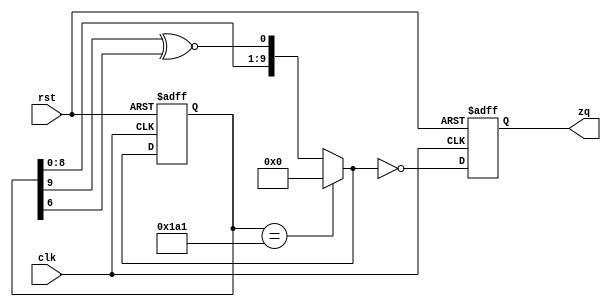
//////////////////////////////////////////////////////////////////////
////                                                              ////
////  Versatile counter                                           ////
////                                                              ////
////  Description                                                 ////
////  Versatile counter, a reconfigurable binary, gray or LFSR    ////
////  counter                                                     ////
////                                                              ////
////  To Do:                                                      ////
////   - add LFSR with more taps                                  ////
////                                                              ////
////  Author(s):                                                  ////
////      - Michael Unneback, unneback@opencores.org              ////
////        ORSoC AB                                              ////
////                                                              ////
//////////////////////////////////////////////////////////////////////
////                                                              ////
//// Copyright (C) 2009 Authors and OPENCORES.ORG                 ////
////                                                              ////
//// This source file may be used and distributed without         ////
//// restriction provided that this copyright statement is not    ////
//// removed from the file and that any derivative work contains  ////
//// the original copyright notice and the associated disclaimer. ////
////                                                              ////
//// This source file is free software; you can redistribute it   ////
//// and/or modify it under the terms of the GNU Lesser General   ////
//// Public License as published by the Free Software Foundation; ////
//// either version 2.1 of the License, or (at your option) any   ////
//// later version.                                               ////
////                                                              ////
//// This source is distributed in the hope that it will be       ////
//// useful, but WITHOUT ANY WARRANTY; without even the implied   ////
//// warranty of MERCHANTABILITY or FITNESS FOR A PARTICULAR      ////
//// PURPOSE.  See the GNU Lesser General Public License for more ////
//// details.                                                     ////
////                                                              ////
//// You should have received a copy of the GNU Lesser General    ////
//// Public License along with this source; if not, download it   ////
//// from http://www.opencores.org/lgpl.shtml                     ////
////                                                              ////
//////////////////////////////////////////////////////////////////////

// LFSR counter
module ref_counter ( zq, rst, clk);

   parameter length = 10;
   output reg zq;
   input rst;
   input clk;

   parameter clear_value = 0;
   parameter set_value = 0;
   parameter wrap_value = 417;

   reg  [length:1] qi;
   reg lfsr_fb;
   wire [length:1] q_next;
   reg [32:1] polynom;
   integer i;

   always @ (qi)
   begin
        case (length) 
         2: polynom = 32'b11;                               // 0x3
         3: polynom = 32'b110;                              // 0x6
         4: polynom = 32'b1100;                             // 0xC
         5: polynom = 32'b10100;                            // 0x14
         6: polynom = 32'b110000;                           // 0x30
         7: polynom = 32'b1100000;                          // 0x60
         8: polynom = 32'b10111000;                         // 0xb8
         9: polynom = 32'b100010000;                        // 0x110
        10: polynom = 32'b1001000000;                       // 0x240
        11: polynom = 32'b10100000000;                      // 0x500
        12: polynom = 32'b100000101001;                     // 0x829
        13: polynom = 32'b1000000001100;                    // 0x100C
        14: polynom = 32'b10000000010101;                   // 0x2015
        15: polynom = 32'b110000000000000;                  // 0x6000
        16: polynom = 32'b1101000000001000;                 // 0xD008
        17: polynom = 32'b10010000000000000;                // 0x12000
        18: polynom = 32'b100000010000000000;               // 0x20400
        19: polynom = 32'b1000000000000100011;              // 0x40023
        20: polynom = 32'b10000010000000000000;             // 0x82000
        21: polynom = 32'b101000000000000000000;            // 0x140000
        22: polynom = 32'b1100000000000000000000;           // 0x300000
        23: polynom = 32'b10000100000000000000000;          // 0x420000
        24: polynom = 32'b111000010000000000000000;         // 0xE10000
        25: polynom = 32'b1001000000000000000000000;        // 0x1200000
        26: polynom = 32'b10000000000000000000100011;       // 0x2000023
        27: polynom = 32'b100000000000000000000010011;      // 0x4000013
        28: polynom = 32'b1100100000000000000000000000;     // 0xC800000
        29: polynom = 32'b10100000000000000000000000000;    // 0x14000000
        30: polynom = 32'b100000000000000000000000101001;   // 0x20000029
        31: polynom = 32'b1001000000000000000000000000000;  // 0x48000000
        32: polynom = 32'b10000000001000000000000000000011; // 0x80200003
        default: polynom = 32'b0;
        endcase
        lfsr_fb = qi[length];
        for (i=length-1; i>=1; i=i-1) begin
            if (polynom[i])
                lfsr_fb = lfsr_fb  ~^ qi[i];
        end
    end
   assign q_next = (qi == wrap_value) ? {length{1'b0}} :{qi[length-1:1],lfsr_fb};

   always @ (posedge clk or posedge rst)
     if (rst)
       qi <= {length{1'b0}};
     else
       qi <= q_next;



   always @ (posedge clk or posedge rst)
     if (rst)
       zq <= 1'b1;
     else
       zq <= q_next == {length{1'b0}};
endmodule